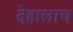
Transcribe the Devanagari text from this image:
देहालाच